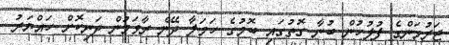
ޖަރުމަންގެ ފުލުހުން ބުނާ ގޮތުގައި ބޮމުގެ ހަމަލާ ދޭން ރާވަމުން ދަނިކޮށް ހައްޔަރު